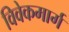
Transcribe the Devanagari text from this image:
विवेकमार्ग